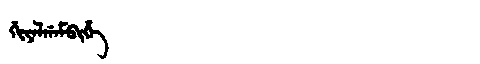
Manchu: ᡤᡳᠶᠠᠯᡤᠠᠮᠪᡳᡥᡝ
Romanization: GIYALGAMBIHE